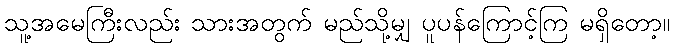
သူ့အမေကြီးလည်း သားအတွက် မည်သို့မျှ ပူပန်ကြောင့်ကြ မရှိတော့။